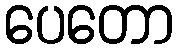
ပေတော